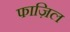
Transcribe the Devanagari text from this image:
फाज़िल